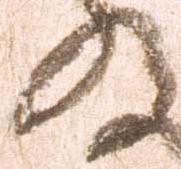
の